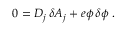
0 = D _ { j } \, \delta A _ { j } + e \phi \, \delta \phi \, \, .